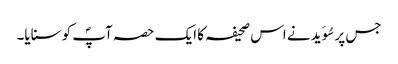
جس پر سُوَید نے اس صحیفہ کا ایک حصہ آپؐ کو سنایا۔